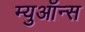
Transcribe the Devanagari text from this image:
म्युऑन्स